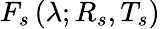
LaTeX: F_{s}\left(\lambda;R_{s},T_{s}\right)